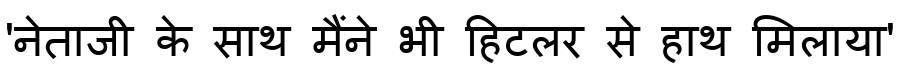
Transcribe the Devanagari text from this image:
'नेताजी के साथ मैंने भी हिटलर से हाथ मिलाया'